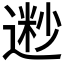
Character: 𫐽